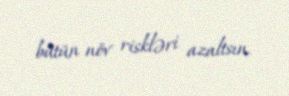
bütün növ riskləri azaltsın.